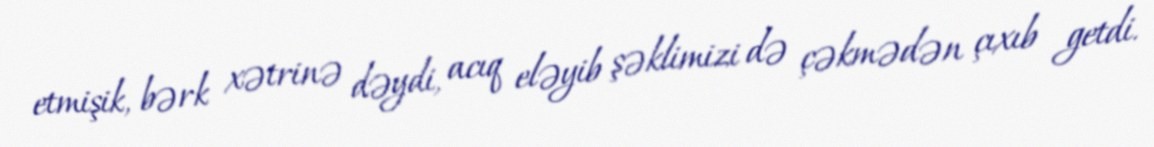
etmişik, bərk xətrinə dəydi, acıq eləyib şəklimizi də çəkmədən çıxıb getdi.